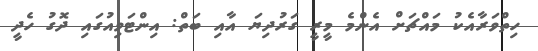
ހިތްވަރާއެކު މައްޗަށް އެންމެ މީރީ ގަރުދިޔަ އާއި ބަތް: އިންޓަވިއުގައި ދޮގު ހެދީ